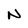
Character: N